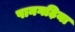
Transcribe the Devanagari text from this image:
पानगढ़िया